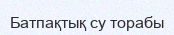
Батпақтық су торабы